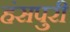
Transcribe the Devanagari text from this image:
हंसपुरी